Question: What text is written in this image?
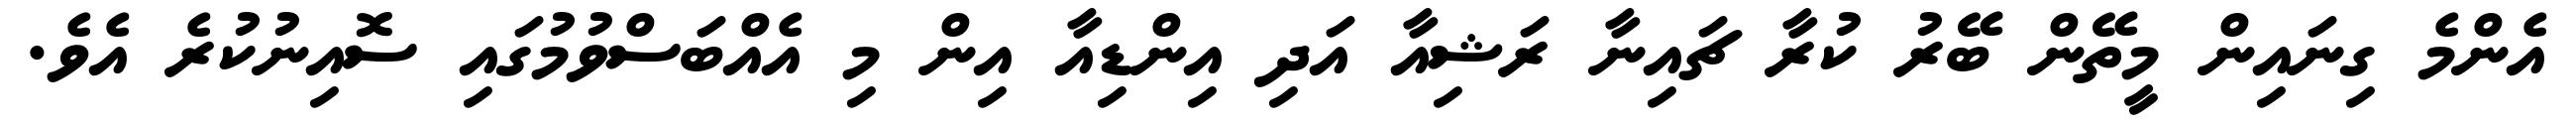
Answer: އެންމެ ގިނައިން މީތޭން ބޭރު ކުރާ ޗައިނާ ރަޝިއާ އަދި އިންޑިއާ އިން މި އެއްބަސްވުމުގައި ސޮއިނުކުރެ އެވެ.